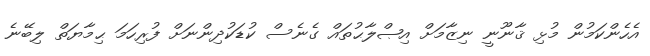
އެހެންކަމުން މުޅި ޤާނޫނީ ނިޒާމަށް އިޞްލާޙުތައް ގެނެސް ކުޑަކުދިންނަށް ފުރިހަމަ ޙިމާޔަތް ލިބޭނެ